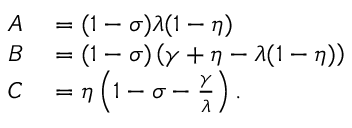
\begin{array} { r l } { A } & { { } = ( 1 - \sigma ) \lambda ( 1 - \eta ) } \\ { B } & { { } = ( 1 - \sigma ) \left( \gamma + \eta - \lambda ( 1 - \eta ) \right) } \\ { C } & { { } = \eta \left( 1 - \sigma - \frac { \gamma } { \lambda } \right) . } \end{array}